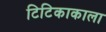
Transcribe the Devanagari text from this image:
टिटिकाकाला